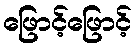
ဖြောင့်ဖြောင့်